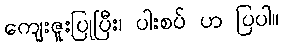
ကျေးဇူးပြုပြီး၊ ပါးစပ် ဟ ပြပါ။